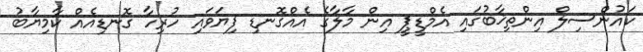
ކައުންސިލް އިންތިޚާބުގައި އެމްޑީޕީ އިން މާލާގެ އެއްގޮނޑި ފިޔަވައި ހުރިހާ ގޮނޑިއެއް ކާމިޔާބު